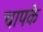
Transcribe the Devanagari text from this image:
चापके